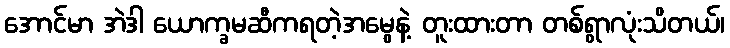
အောင်မာ အဲဒါ ယောက္ခမဆီကရတဲ့အမွေနဲ့ တူးထားတာ တစ်ရွာလုံးသိတယ်၊